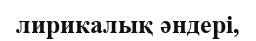
лирикалық әндері,